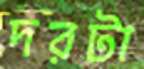
দরটা